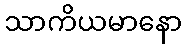
သာကိယမာနော